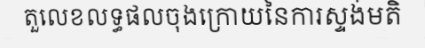
តួលេខលទ្ធផលចុងក្រោយនៃការស្ទង់មតិ